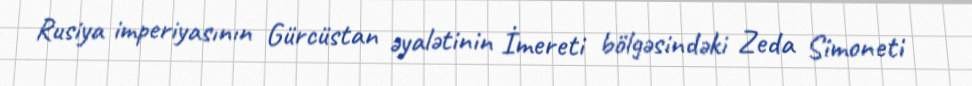
Rusiya imperiyasının Gürcüstan əyalətinin İmereti bölgəsindəki Zeda Simoneti